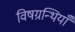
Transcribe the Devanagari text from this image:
विषग्रन्थियाँ